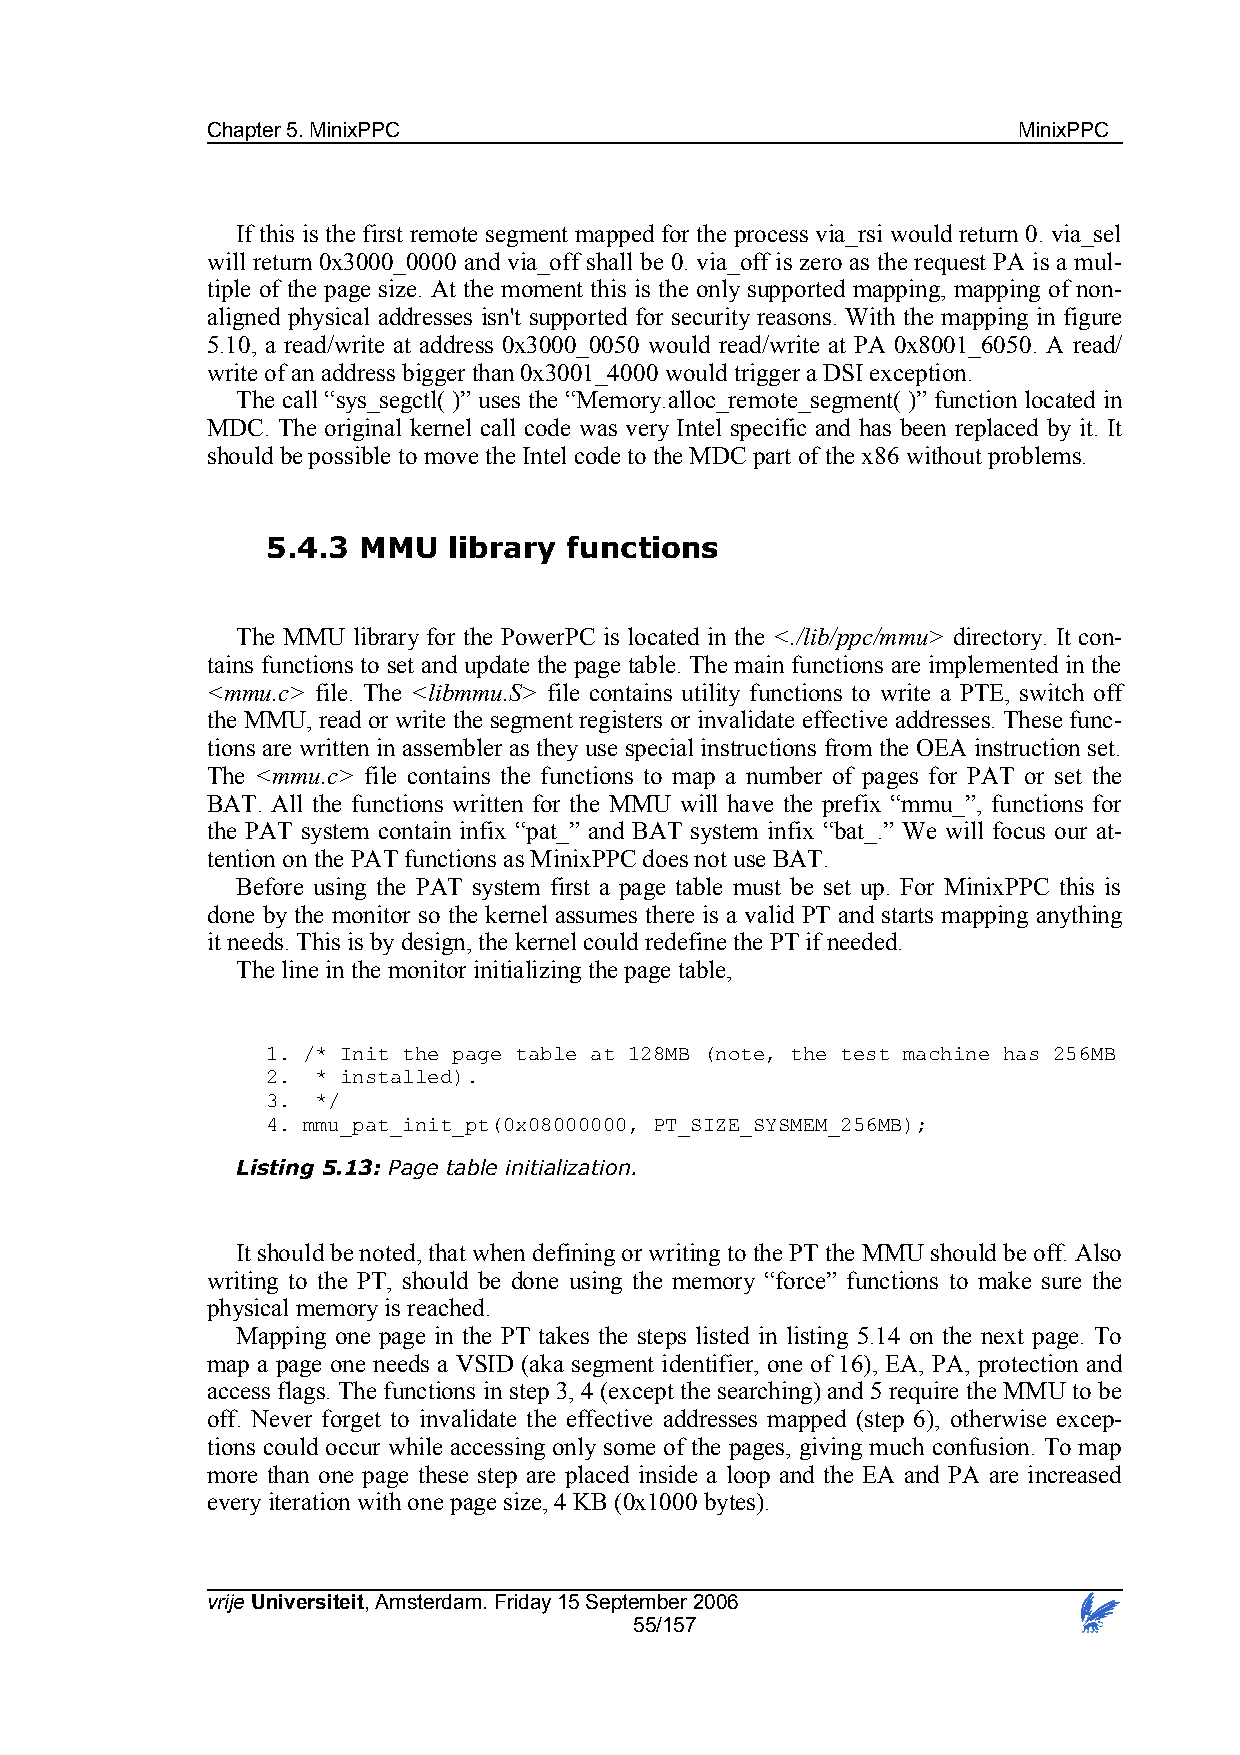
Chapter 5. MinixPPC                                  MinixPPC
 If this is the first remote segment mapped for the process via_rsi would return 0. via_sel
 will return 0x3000_0000 and via_off shall be 0. via_off is zero as the request PA is a mul-
 tiple of the page size. At the moment this is the only supported mapping, mapping of non-
 aligned physical addresses isn't supported for security reasons. With the mapping in figure
 5.10, a read/write at address 0x3000_0050 would read/write at PA 0x8001_6050. A read/
 write of an address bigger than 0x3001_4000 would trigger a DSI exception.
 The call “sys_segctl( )” uses the “Memory.alloc_remote_segment( )” function located in
 MDC. The original kernel call code was very Intel specific and has been replaced by it. It
 should be possible to move the Intel code to the MDC part of the x86 without problems.
 5.4.3 MMU   library functions
 The MMU library for the PowerPC is located in the <./lib/ppc/mmu> directory. It con-
 tains functions to set and update the page table. The main functions are implemented in the
 <mmu.c> file. The <libmmu.S> file contains utility functions to write a PTE, switch off
 the MMU, read or write the segment registers or invalidate effective addresses. These func-
 tions are written in assembler as they use special instructions from the OEA instruction set.
 The <mmu.c> file contains the functions to map a number of pages for PAT or set the
 BAT. All the functions written for the MMU will have the prefix “mmu_”, functions for
 the PAT system contain infix “pat_” and BAT system infix “bat_.” We will focus our at-
 tention on the PAT functions as MinixPPC does not use BAT.
 Before using the PAT system first a page table must be set up. For MinixPPC this is
 done by the monitor so the kernel assumes there is a valid PT and starts mapping anything
 it needs. This is by design, the kernel could redefine the PT if needed.
 The line in the monitor initializing the page table,
 1. /* Init the page table at 128MB (note, the test machine has 256MB
 2. * installed).
 3. */
 4. mmu_pat_init_pt(0x08000000, PT_SIZE_SYSMEM_256MB);
 Listing 5.13: Page table initialization.
 It should be noted, that when defining or writing to the PT the MMU should be off. Also
 writing to the PT, should be done using the memory “force” functions to make sure the
 physical memory is reached.
 Mapping one page in the PT takes the steps listed in listing 5.14 on the next page. To
 map a page one needs a VSID (aka segment identifier, one of 16), EA, PA, protection and
 access flags. The functions in step 3, 4 (except the searching) and 5 require the MMU to be
 off. Never forget to invalidate the effective addresses mapped (step 6), otherwise excep-
 tions could occur while accessing only some of the pages, giving much confusion. To map
 more than one page these step are placed inside a loop and the EA and PA are increased
 every iteration with one page size, 4 KB (0x1000 bytes).
 vrije Universiteit, Amsterdam. Friday 15 September 2006
 55/157